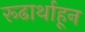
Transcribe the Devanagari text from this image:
रूढार्थाहून